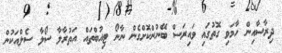
ދިރާސާއިން ހާމަވި ގޮތުގައި ވައިރަސް ބޭނުންކޮށްގެން ނާނޯ ޓިއުބްތައް އަތުރާލާ ސޯލާ ސެލްއަކުން